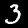
Digit: 3